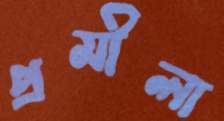
প্রমীলা